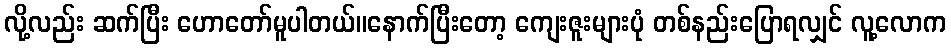
လို့လည်း ဆက်ပြီး ဟောတော်မူပါတယ်။နောက်ပြီးတော့ ကျေးဇူးများပုံ တစ်နည်းပြောရလျှင် လူ့လောက